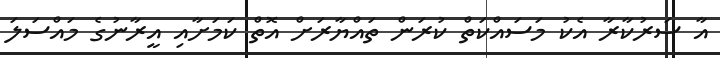
އާ ސަރުކާރާ އެކު މަސައްކަތް ކުރަން ތައްޔާރަށް އޮތް ކަމަށާއި އީރާނުގެ މައްސަލަ